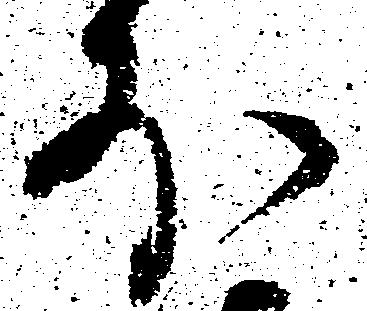
外